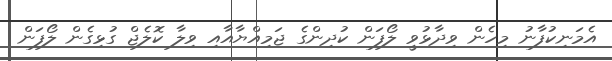
އެމަނިކުފާނު މިހެން ވިދާޅުވީ ލޯފަން ކުދިންގެ ޖަމިއްޔާއާއި ވިލާ ކޮލެޖް ގުޅިގެން ލޯފަން